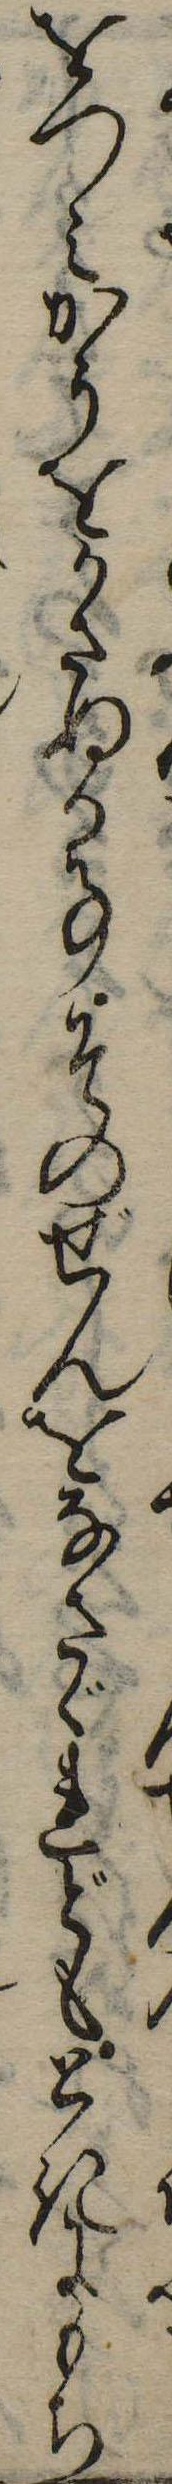
をつみかうをかさぬる事そのぜんをなさゞれどもときにもち